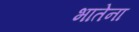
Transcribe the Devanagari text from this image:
भातेना